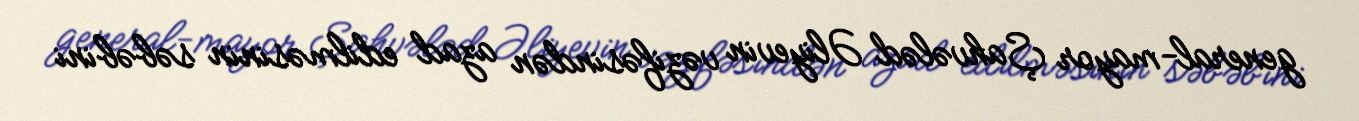
general-mayor Şahvələd Əliyevin vəzifəsindən azad edilməsinin səbəbini